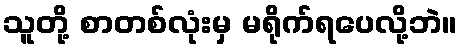
သူတို့ စာတစ်လုံးမှ မရိုက်ရပေလို့ဘဲ။